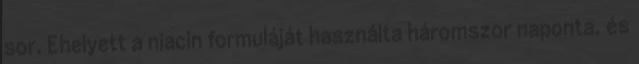
sor. Ehelyett a niacin formuláját használta háromszor naponta, és